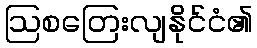
ဩစတြေးလျနိုင်ငံ၏